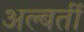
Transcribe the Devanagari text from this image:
अल्बर्ती